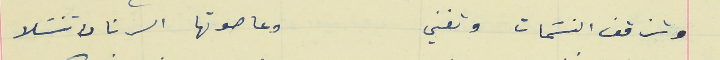
وتزقف النسَمات وتغني                                          وعا صوتها الرنان نتسَلا